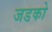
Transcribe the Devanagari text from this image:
जडको